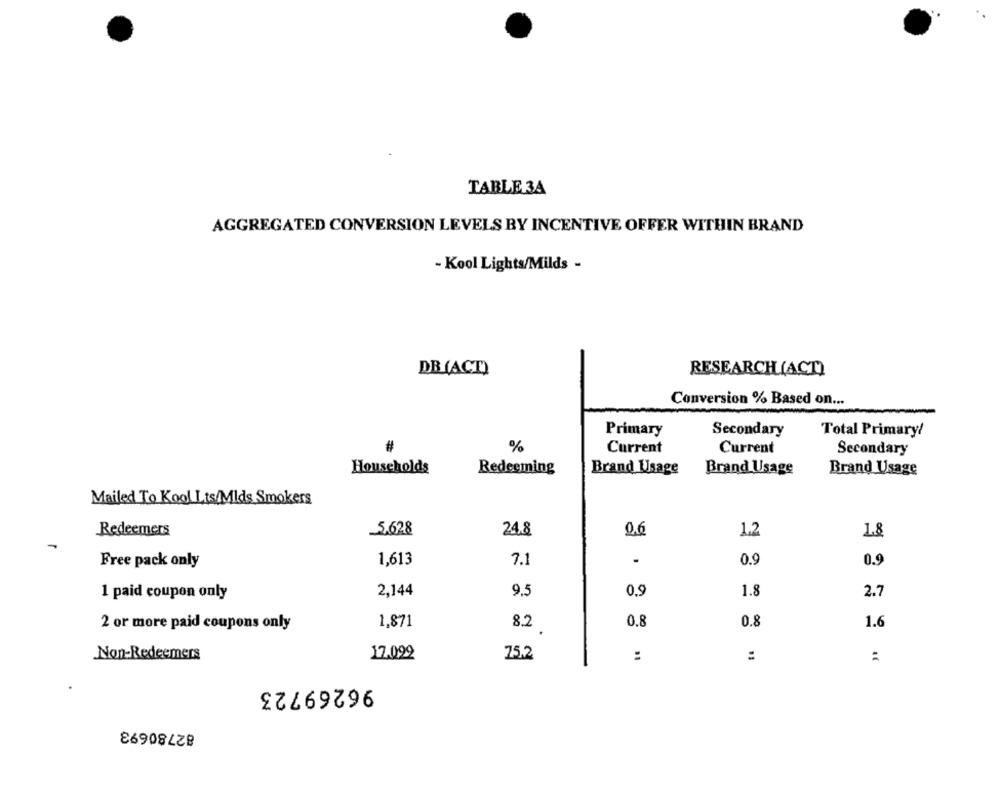
TABLE 3A
AGGREGATED CONVERSION LEVELS BY INCENTIVE OFFER WITHIN BRAND
- Kool Lights/Milds -
DB(ACT)
RESEARCH(ACT)
Conversion % Based on ...
Primary
Secondary
Total Primary!
#
%
Current
Current
Secondary
Households
Redeeming
Brand Usage
Brand Usage
Brand Usage
Mailed To Kool Lts/Mlds Smokers
5.628
24.8
0.6
1.2
Redeemers
1.8
Free pack only
1,613
7.1
0.9
0.9
2,144
9.5
0,9
1.8
2.7
1 paid coupon only
2 or more paid coupons only
1,871
8.2
0.8
0.8
1.6
Non-Redeemers
17.099
75.2
:
:
:
96269723
82780693